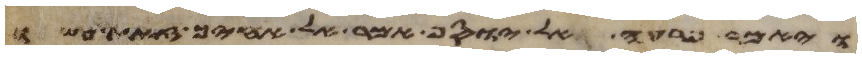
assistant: ויאמר פרעה אל יוסף אמר אל אחיך זאת עשו